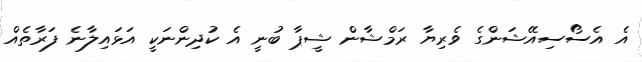
އެ އެސޯސިއޭޝަންގެ ވެރިޔާ ރަމްޝާން ޝީޕާ ބުނީ އެ ކުދިންނަކީ އަޅައިލާނެ ފަރާތެއް